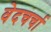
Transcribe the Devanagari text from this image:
वेदचर्चा